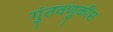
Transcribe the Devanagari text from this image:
गुंतवणुकीस